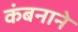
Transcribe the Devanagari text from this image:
कंबनाने